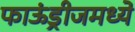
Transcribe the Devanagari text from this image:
फाऊंड्रीजमध्ये